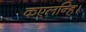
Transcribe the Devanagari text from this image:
कएलन्हि।